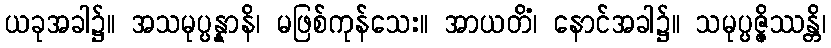
ယခုအခါ၌။ အသမုပ္ပန္နာနိ၊ မဖြစ်ကုန်သေး။ အာယတိံ၊ နောင်အခါ၌။ သမုပ္ပဇ္ဇိဿန္တိ၊